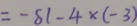
= - 8 1 - 4 \times ( - 3 )